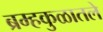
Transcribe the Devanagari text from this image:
ब्रम्हकुळातले